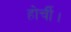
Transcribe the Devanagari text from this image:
होर्ची।